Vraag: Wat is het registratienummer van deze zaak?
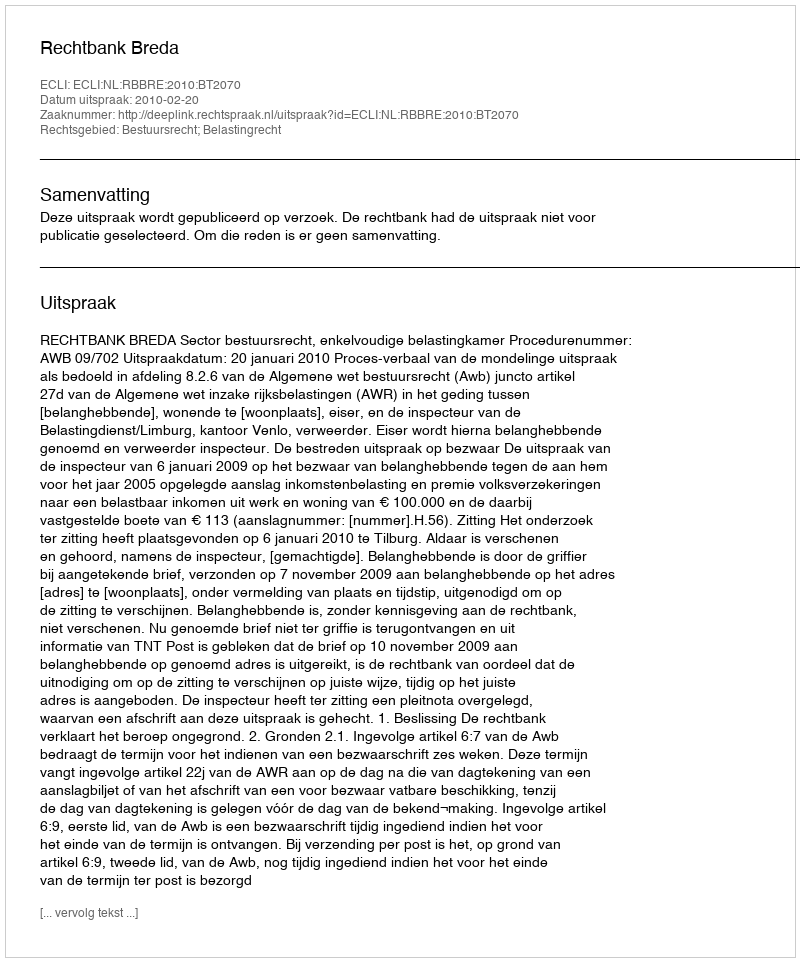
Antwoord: http://deeplink.rechtspraak.nl/uitspraak?id=ECLI:NL:RBBRE:2010:BT2070